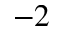
^ { - 2 }